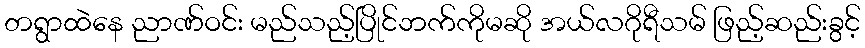
တရွာထဲနေ ညာဏ်ဝင်း မည်သည့်ပြိုင်ဘက်ကိုမဆို အယ်လဂိုရီသမ် ဖြည့်ဆည်းခွင့်